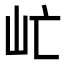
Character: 𡵀